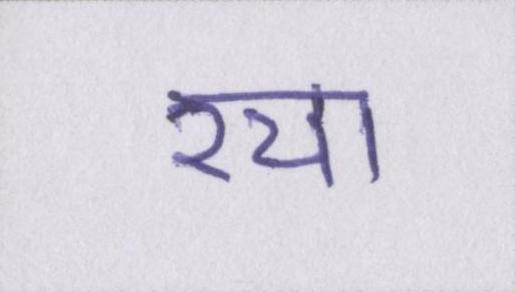
रचा